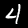
Label: 4